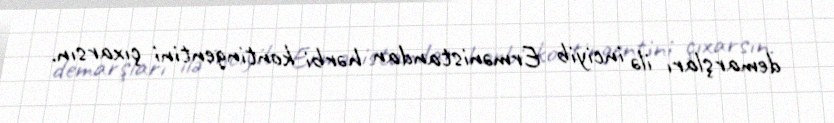
demarşları ilə inciyib Ermənistandan hərbi kontingentini çıxarsın.